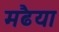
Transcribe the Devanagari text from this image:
मढैया